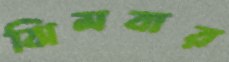
ঝিমবার